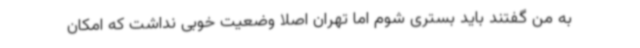
به من گفتند باید بستری شوم اما تهران اصلا وضعیت خوبی نداشت که امکان